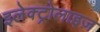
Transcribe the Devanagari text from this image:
इलेक्ट्रोलाइज़